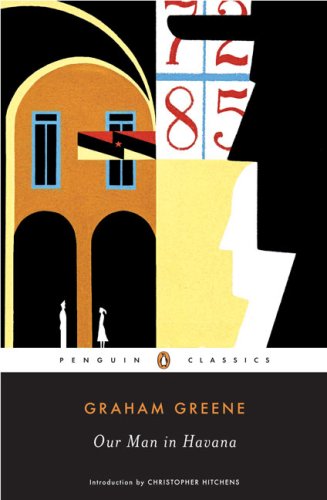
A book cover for Our Man in Havana (Penguin Classics); Graham Greene; Mystery, Thriller & Suspense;